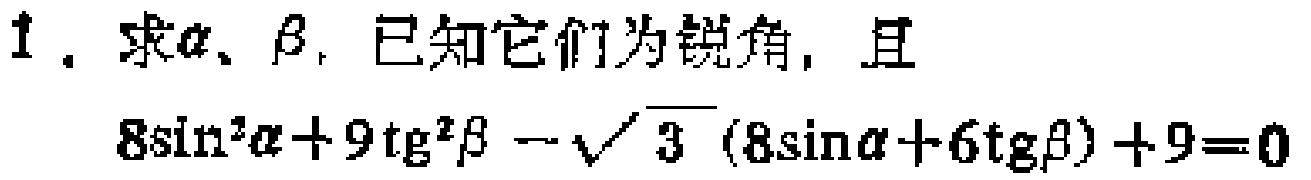
1. 求\(\alpha\)、\(\beta\)，已知它们为锐角，且
\(8\sin^{2}\alpha + 9\mathrm{tg}^{2}\beta-\sqrt{3}(8\sin\alpha + 6\mathrm{tg}\beta)+9 = 0\)